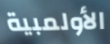
الأولمبية